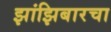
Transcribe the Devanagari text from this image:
झांझिबारचा